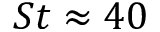
S t \approx 4 0